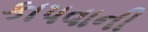
કાપવાની